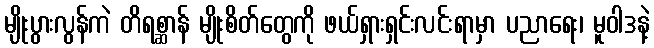
မျိုးပွားလွန်ကဲ တိရစ္ဆာန် မျိုးစိတ်တွေကို ဖယ်ရှားရှင်းလင်းရာမှာ ပညာရေး၊ မူဝါဒနဲ့